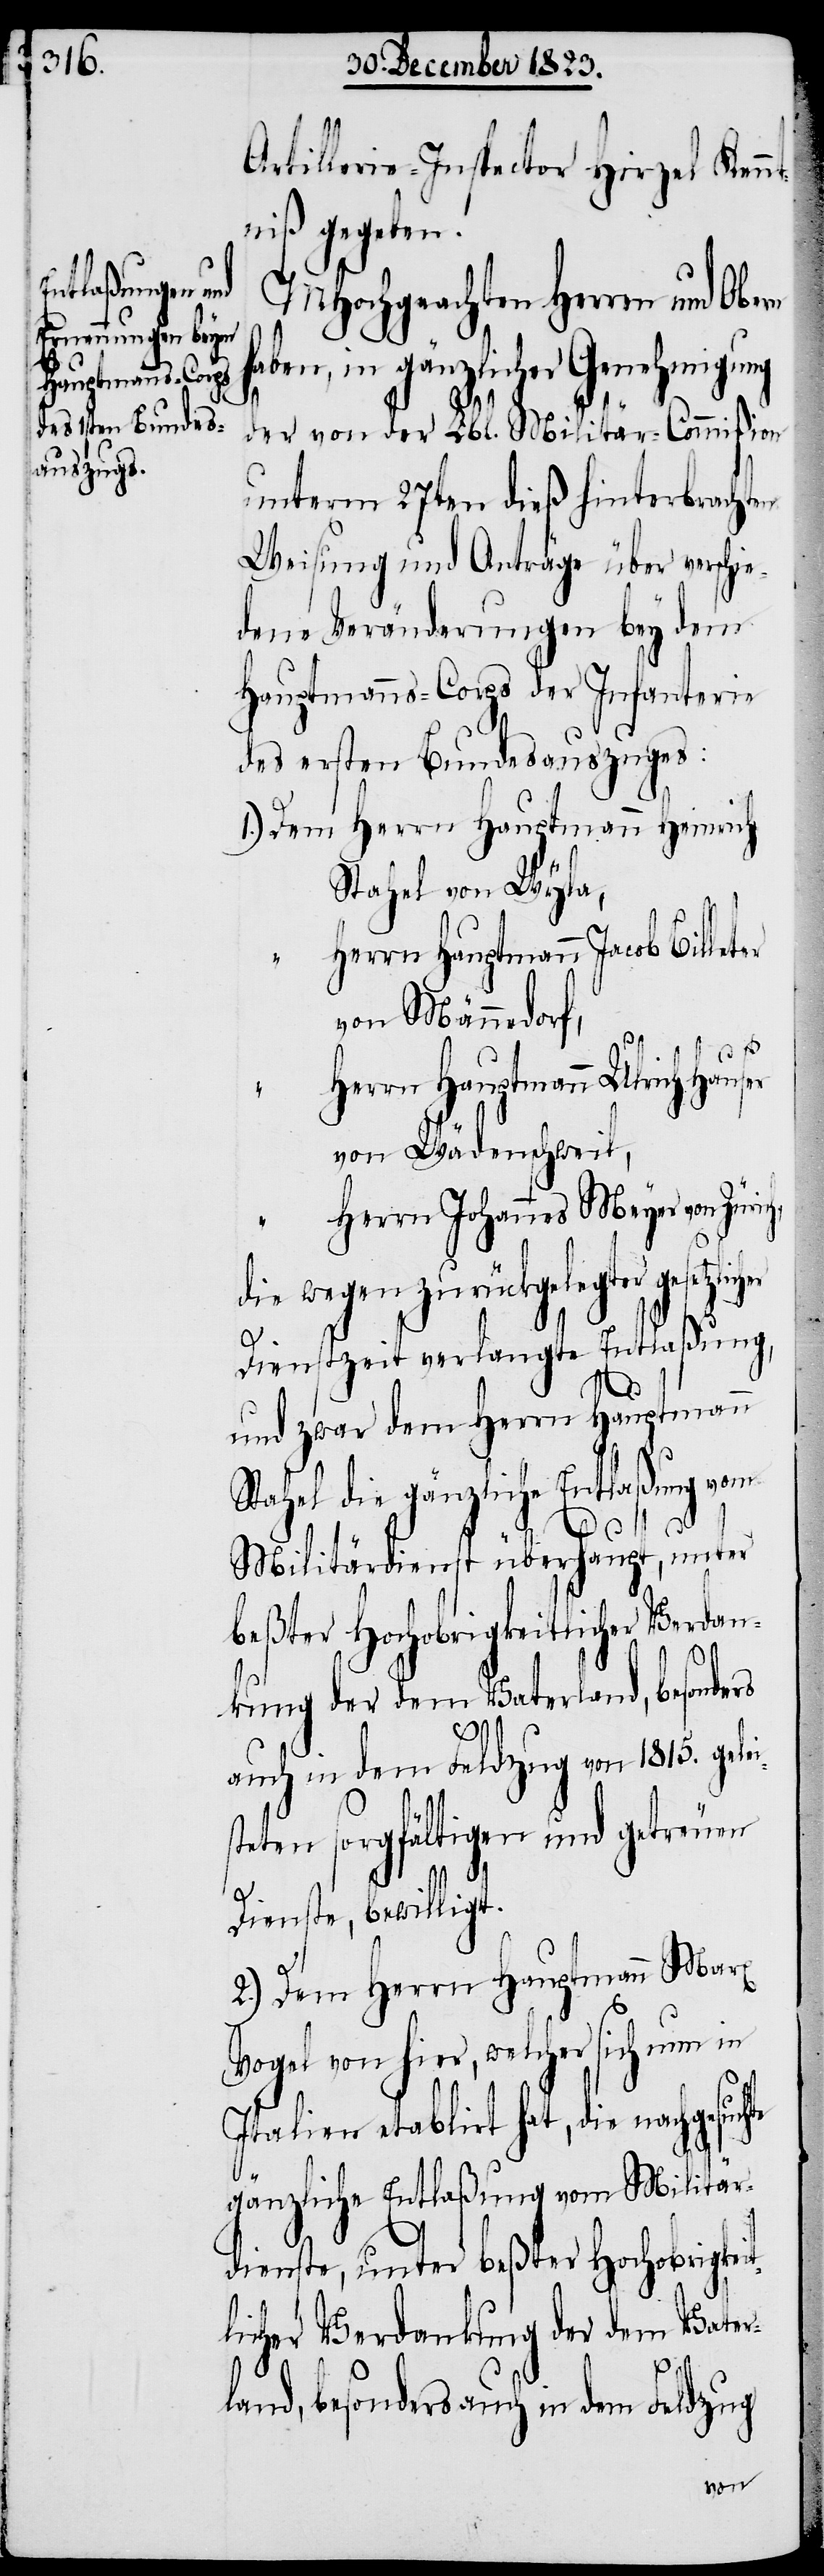
Artillerie-Inspector Hirzel Kenn¬
tniß gegeben.
MHochgeachten Herren und Obern
haben, in gänzlicher Genehmigung
t¬
der von der Lbl. Militär-Commißion
unterm 27sten dieß hinterbrachten
Weisung und Anträge über verschie¬
dene Veränderungen bey dem
Hauptmanns-Corps der Infanterie
des ersten Bundesauszuges:
Stahel von Wyla,
Herrn Hauptmann Jacob Billet¬
von Männedorf,
„
Herrn Hauptmann Ulrich Hauser
von Wädenschweil,
Herrn Johannes Meyer von
die wegen zurückgelegter
Dienstzeit verlangte Entlaßung,
und zwar dem Herrn Hauptmann
Stahel die gänzliche Entlaßung vom
er
Militärdienst überhaupt, unter
beßter Hochobrigkeitlicher Verdan¬
kung der dem Vaterland, besonders
auch in dem Feldzug von 1815. gelei¬
steten sorgfältigen und getreuen
Dienste, bewilligt.
2.) Dem Herrn Hauptmann Marx
Vogel von hier, welcher sich nun in
Italien etablirt hat, die nachgesuc¬
gänzliche Entlaßung vom Militär¬
dienste, unter beßter Hochobrigkei¬
licher Verdankung der dem Vater¬
land, besonders in dem Feldzug